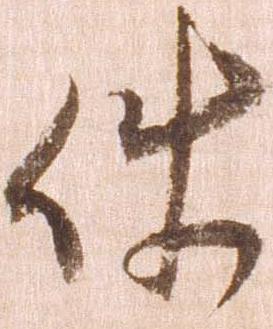
件